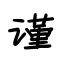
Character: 谨